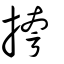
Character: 挎